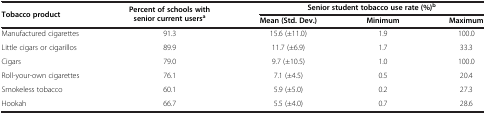
<table><thead><tr><td rowspan="2"><b>Tobacco product</b></td><td rowspan="2"><b>Percent of schools with senior current users<sup>a</sup></b></td><td colspan="3"><b>Senior student tobacco use rate (%)<sup>b</sup></b></td></tr><tr><td><b>Mean (Std. Dev.)</b></td><td><b>Minimum</b></td><td><b>Maximum</b></td></tr></thead><tbody><tr><td>Manufactured cigarettes</td><td>91.3</td><td>15.6 (±11.0)</td><td>1.9</td><td>100.0</td></tr><tr><td>Little cigars or cigarillos</td><td>89.9</td><td>11.7 (±6.9)</td><td>1.7</td><td>33.3</td></tr><tr><td>Cigars</td><td>79.0</td><td>9.7 (±10.5)</td><td>1.0</td><td>100.0</td></tr><tr><td>Roll-your-own cigarettes</td><td>76.1</td><td>7.1 (±4.5)</td><td>0.5</td><td>20.4</td></tr><tr><td>Smokeless tobacco</td><td>60.1</td><td>5.9 (±5.0)</td><td>0.2</td><td>27.3</td></tr><tr><td>Hookah</td><td>66.7</td><td>5.5 (±4.0)</td><td>0.7</td><td>28.6</td></tr></tbody></table>